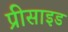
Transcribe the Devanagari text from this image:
प्रीसाइड